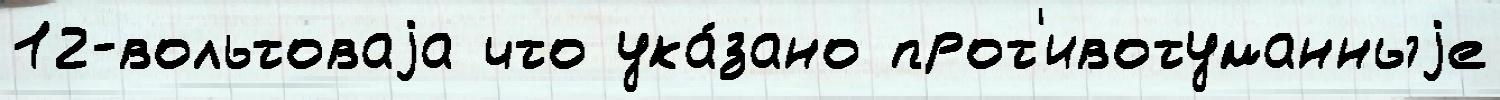
12-вольтоваjа что ука́зано прот'ивотуманныjе